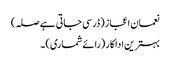
نعمان اعجاز (ڈر سی جاتی ہے صلہ)
بہترین اداکار (رائے شماری) ۔